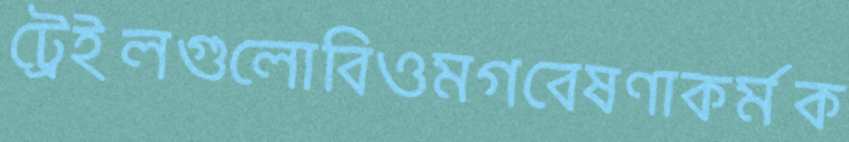
ট্রেইলগুলোবিওমগবেষণাকর্মক